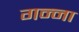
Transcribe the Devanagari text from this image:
गन्‍ना